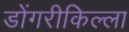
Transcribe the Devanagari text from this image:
डोंगरीकिल्ला